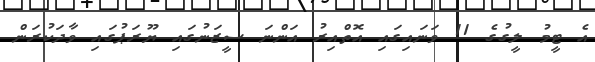
އެ ޓީމު ލީގުގެ 11 ވަނައިގައި އޮތްއިރު އަންނަ ސީޒަނުގައި ޔޫރަޕުގައި ވާދަކުރަން